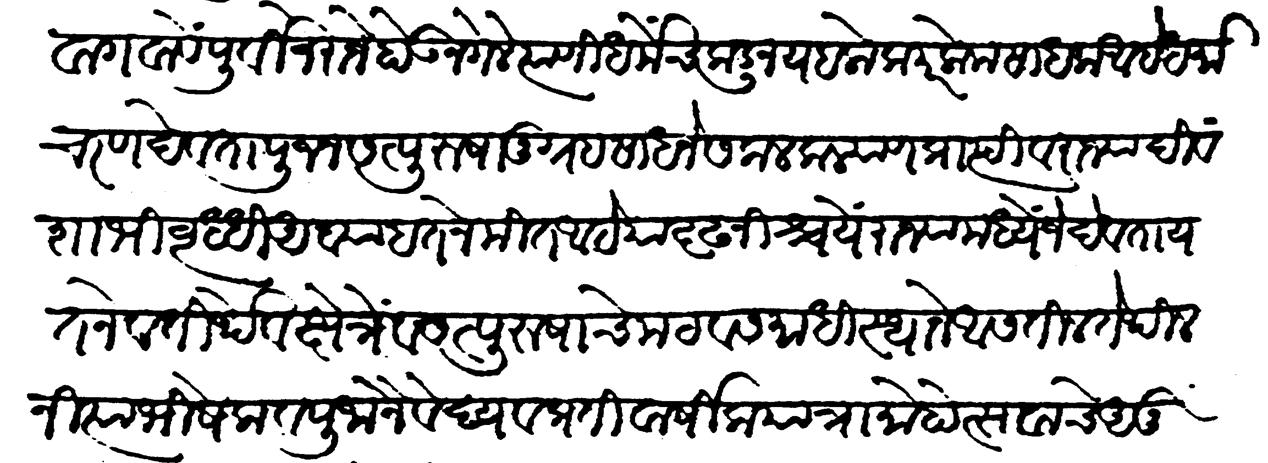
Transliteration (Devanagari): वागवावें पूर्वी जे राजे होऊन गेले त्यांणी धर्मंचकडून यहलोक परलोक साधला आहे धर्माचरण देवता पूजन सत्पुरानुग्रह साधनें सकल कल्याण प्राप्ति व राज्यादी वंशाभिवृद्धि अव्याहत नेमीत आहे या दृढनिश्चयें राज्यामध्यें जे देवता यतनें व तीर्थें व क्षेत्रे व सत्पुरुषांचे मठ व समाधिस्थानें आसतील तेथील नित्याभिषेक व पूजानैवेद्य व प्रतिवार्षिक यात्रा महोत्सवाचे अनुकुलतेची